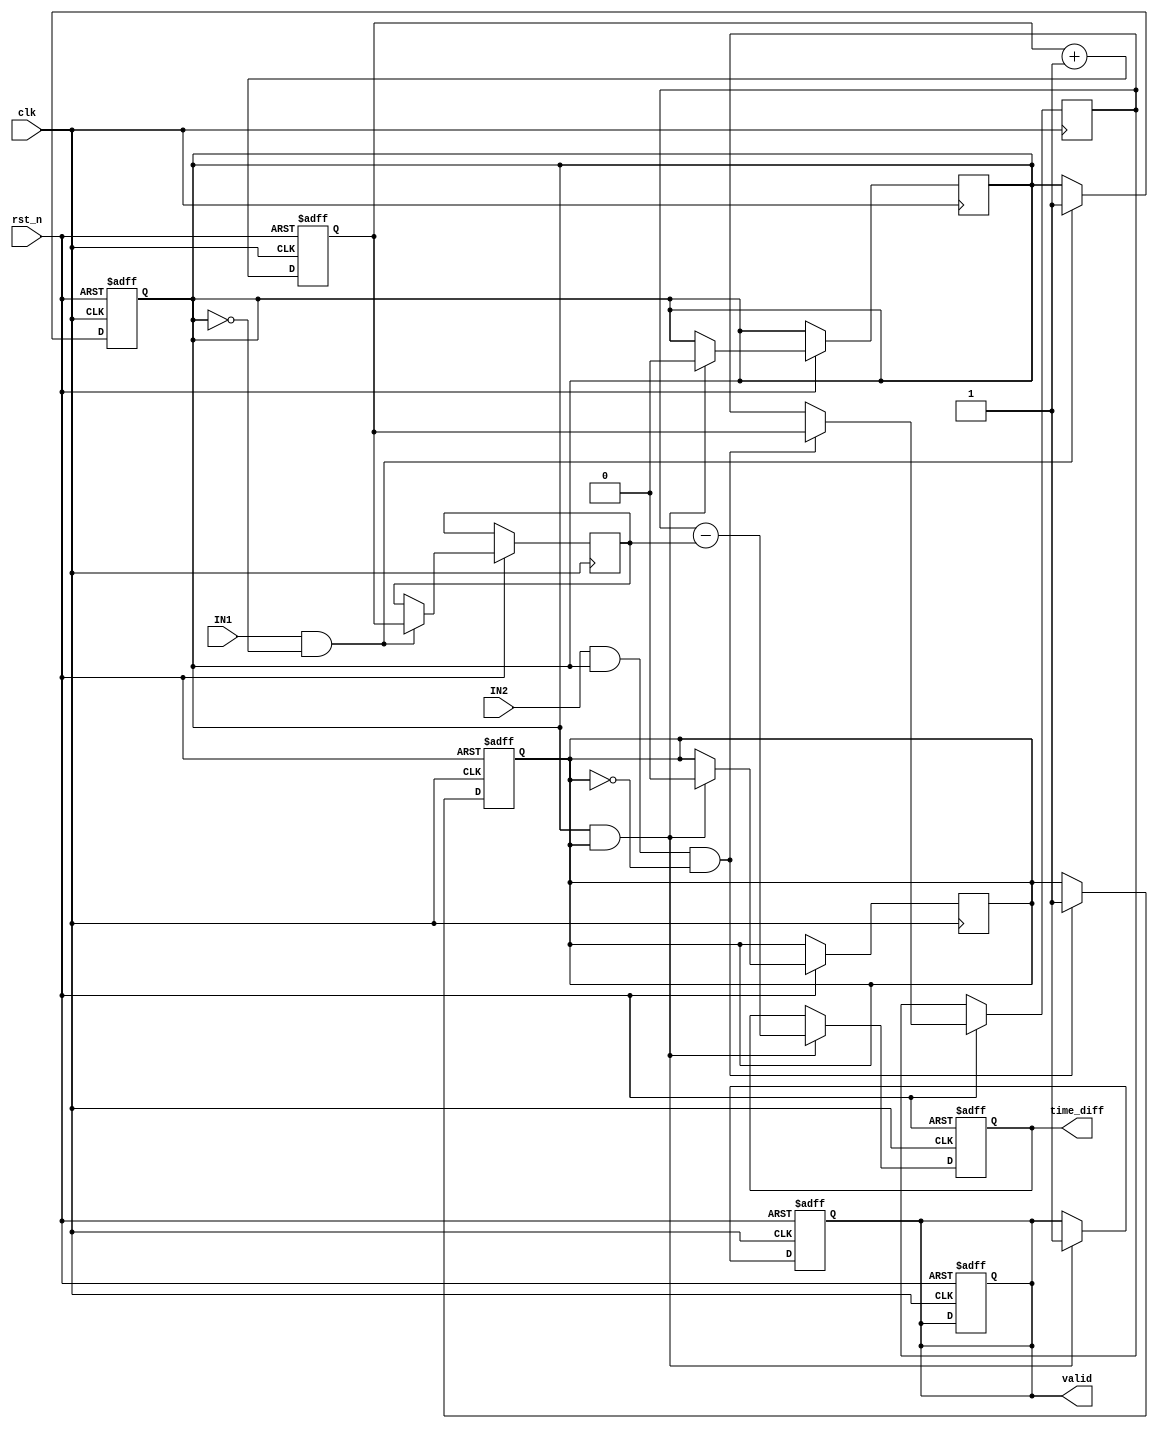
module tdc_single_shot (
    input wire clk,               // High-resolution clock
    input wire rst_n,             // Active low reset
    input wire IN1,               // Input channel 1
    input wire IN2,               // Input channel 2
    output reg [31:0] time_diff,  // Time difference output
    output reg valid              // Output valid signal
);

    // State definitions
    reg [31:0] timestamp1;        // Timestamp for the first edge
    reg [31:0] timestamp2;        // Timestamp for the second edge
    reg [31:0] counter;           // Counter for time measurement
    reg edge1_detected;           // Flag for edge1 detection
    reg edge2_detected;           // Flag for edge2 detection

    // Counter process
    always @(posedge clk or negedge rst_n) begin
        if (!rst_n) begin
            counter <= 32'b0;
        end else begin
            counter <= counter + 1; // Increment counter on each clock cycle
        end
    end

    // Edge detection process
    always @(posedge clk or negedge rst_n) begin
        if (!rst_n) begin
            edge1_detected <= 1'b0;
            edge2_detected <= 1'b0;
            valid <= 1'b0;
        end else begin
            if (IN1 && !edge1_detected) begin
                timestamp1 <= counter;    // Capture timestamp for IN1
                edge1_detected <= 1'b1;   // Set edge1 detected flag
            end
            if (IN2 && edge1_detected && !edge2_detected) begin
                timestamp2 <= counter;    // Capture timestamp for IN2
                edge2_detected <= 1'b1;   // Set edge2 detected flag
            end
        end
    end

    // Time difference calculation
    always @(posedge clk or negedge rst_n) begin
        if (!rst_n) begin
            time_diff <= 32'b0;
            valid <= 1'b0;
        end else begin
            if (edge1_detected && edge2_detected) begin
                time_diff <= timestamp2 - timestamp1; // Calculate time difference
                valid <= 1'b1;                        // Set output valid
                // Reset flags for next measurement
                edge1_detected <= 1'b0;
                edge2_detected <= 1'b0;
            end
        end
    end

endmodule